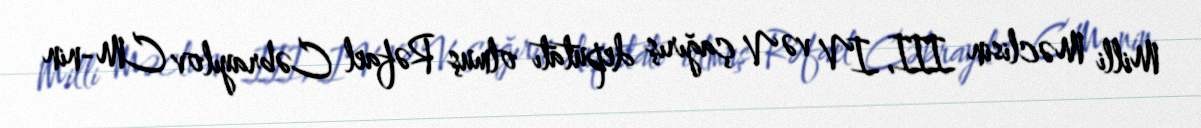
Milli Məclisin III, IV və V çağırış deputatı olmuş Rəfael Cəbrayılov CM-nin